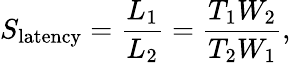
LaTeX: S_{\mathrm{latency}}={\frac{L_{1}}{L_{2}}}={\frac{T_{1}W_{2}}{T_{2}W_{1}}},